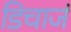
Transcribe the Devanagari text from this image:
डिचार्ज